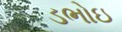
ડભોઇ